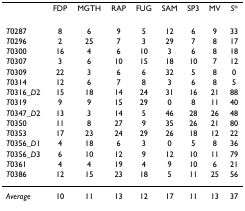
<table><thead><tr><td></td><td><b>FDP</b></td><td><b>MGTH</b></td><td><b>RAP</b></td><td><b>FUG</b></td><td><b>SAM</b></td><td><b>SP3</b></td><td><b>MV</b></td><td><b><i>S</i>*</b></td></tr></thead><tbody><tr><td><i>T</i>0287</td><td>8</td><td>6</td><td>9</td><td>5</td><td>12</td><td>6</td><td>9</td><td>33</td></tr><tr><td><i>T</i>0296</td><td>2</td><td>25</td><td>7</td><td>3</td><td>29</td><td>7</td><td>8</td><td>17</td></tr><tr><td><i>T</i>0300</td><td>16</td><td>4</td><td>6</td><td>10</td><td>3</td><td>6</td><td>8</td><td>18</td></tr><tr><td><i>T</i>0307</td><td>3</td><td>6</td><td>10</td><td>15</td><td>18</td><td>10</td><td>7</td><td>12</td></tr><tr><td><i>T</i>0309</td><td>22</td><td>3</td><td>6</td><td>6</td><td>32</td><td>5</td><td>8</td><td>0</td></tr><tr><td><i>T</i>0314</td><td>12</td><td>6</td><td>7</td><td>8</td><td>3</td><td>6</td><td>8</td><td>5</td></tr><tr><td><i>T</i>0316_<i>D</i>2</td><td>15</td><td>18</td><td>14</td><td>24</td><td>31</td><td>16</td><td>21</td><td>88</td></tr><tr><td><i>T</i>0319</td><td>9</td><td>9</td><td>15</td><td>29</td><td>0</td><td>8</td><td>11</td><td>40</td></tr><tr><td><i>T</i>0347_<i>D</i>2</td><td>13</td><td>3</td><td>14</td><td>5</td><td>46</td><td>28</td><td>26</td><td>48</td></tr><tr><td><i>T</i>0350</td><td>11</td><td>8</td><td>27</td><td>9</td><td>35</td><td>26</td><td>21</td><td>80</td></tr><tr><td><i>T</i>0353</td><td>17</td><td>23</td><td>24</td><td>29</td><td>26</td><td>18</td><td>12</td><td>22</td></tr><tr><td><i>T</i>0356_<i>D</i>1</td><td>4</td><td>18</td><td>6</td><td>3</td><td>0</td><td>5</td><td>8</td><td>36</td></tr><tr><td><i>T</i>0356_<i>D</i>3</td><td>6</td><td>10</td><td>12</td><td>9</td><td>12</td><td>10</td><td>11</td><td>79</td></tr><tr><td><i>T</i>0361</td><td>4</td><td>4</td><td>19</td><td>4</td><td>9</td><td>10</td><td>6</td><td>21</td></tr><tr><td><i>T</i>0386</td><td>12</td><td>15</td><td>23</td><td>18</td><td>5</td><td>11</td><td>25</td><td>56</td></tr><tr><td><i>Average</i></td><td>10</td><td>11</td><td>13</td><td>12</td><td>17</td><td>11</td><td>13</td><td>37</td></tr></tbody></table>